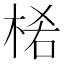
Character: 𣒅